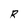
Character: R